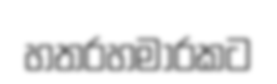
හතරහමාරකට